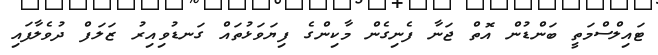
ޓައިލްސްމަތީ ބަންޑުން އޮތް ޖަނާ ފެނިގެން މާކިންގެ ފިޔަވަޅުތައް ގަނޑުވިއިރު ޒަލަފް ދުވެލާފައި